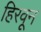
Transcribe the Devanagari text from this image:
हिरवून